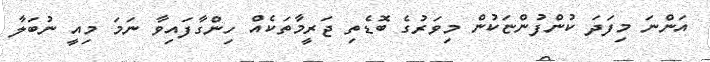
އަންނަ މިފަދަ ކުންފުންޏަކުން މިވަރުގެ ބޮޑެތި ޖަރީމާތަކެއް ހިންގާފައިވާ ނަމަ މިއީ ނުބަލާ